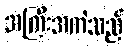
အကြီးအကဲသည်